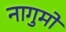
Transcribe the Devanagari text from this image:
नागुमो